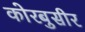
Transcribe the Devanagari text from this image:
कोरबुसीर